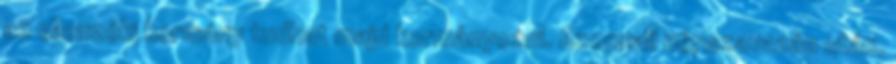
az ellenzéki kormány tudhat majd kormányozni. Azonnali népszavazás után.